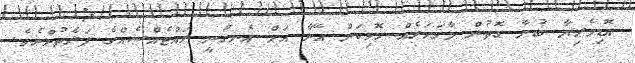
އޮޑިވެރިޔާ ބުނާ ގޮތުން މާވަހަރެއް ހޮވިކަން އޭނާ އަށް އެނގުނީ ރައްޓެއްސެއްގެ ފަރާތުންނެވެ.